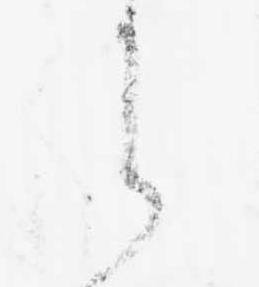
之